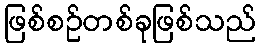
ဖြစ်စဉ်တစ်ခုဖြစ်သည်